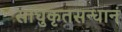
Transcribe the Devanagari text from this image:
साधुकृतसन्धानं